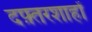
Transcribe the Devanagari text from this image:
दफ़्तरशाहों